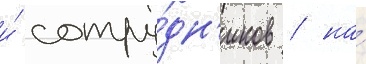
и́ сотру́дн'иков / на́